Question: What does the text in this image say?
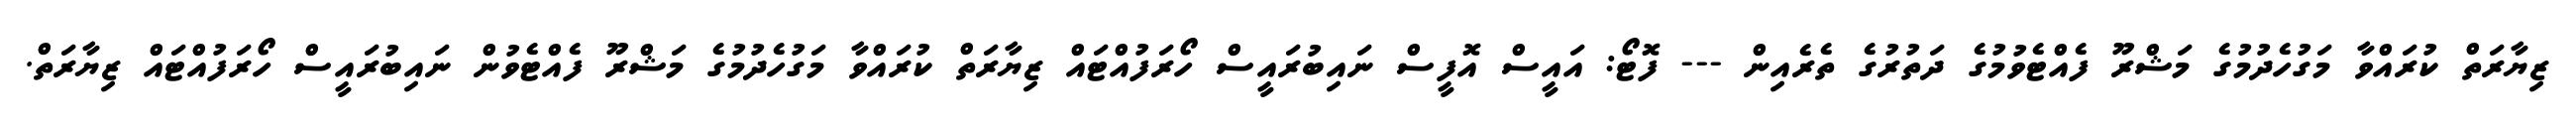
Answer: ޒިޔާރަތް ކުރައްވާ މަގުހެދުމުގެ މަޝްރޫ ފެއްޓެވުމުގެ ދަތުރުގެ ތެރެއިން --- ފޮޓޯ: އައީސް އޮފީސް ނައިބުރައީސް ހޯރަފުއްޓައް ޒިޔާރަތް ކުރައްވާ މަގުހެދުމުގެ މަޝްރޫ ފެއްޓެވުން ނައިބުރައީސް ހޯރަފުއްޓައް ޒިޔާރަތް.